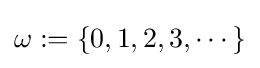
\omega :=\{0,1,2,3,\cdots \}